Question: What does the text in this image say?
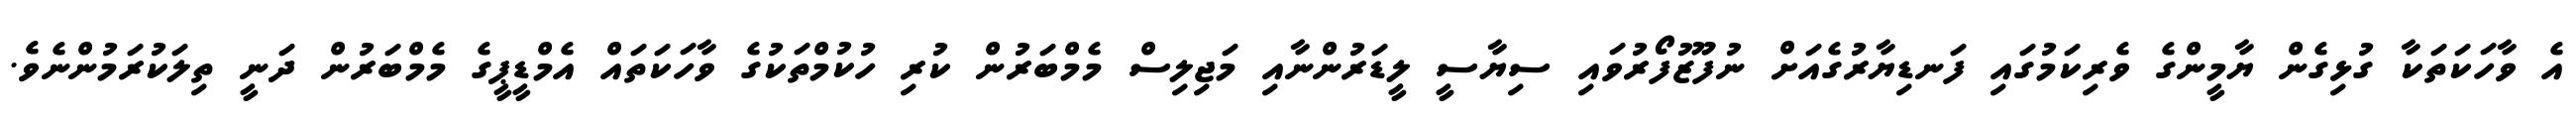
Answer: އެ ވާހަކަތަކާ ގުޅިގެން ޔާމީންގެ ވެރިކަމުގައި ފަނޑިޔާރުގެއަށް ނުފޫޒުފޯރުވައި ސިޔާސީ ލީޑަރުންނާއި މަޖިލިސް މެމްބަރުން ކުރި ހުކުމްތަކުގެ ވާހަކަތައް އެމްޑީޕީގެ މެމްބަރުން ދަނީ ތިލަކުރަމުންނެވެ.